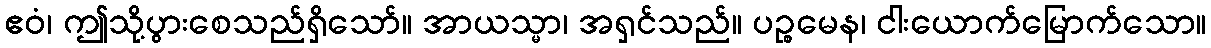
ဧဝံ၊ ဤသို့ပွားစေသည်ရှိသော်။ အာယသ္မာ၊ အရှင်သည်။ ပဉ္စမေန၊ ငါးယောက်မြောက်သော။